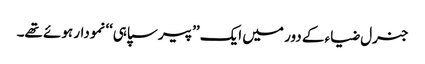
جنرل ضیاء کے دور میں ایک ’’پیرسپاہی‘‘ نمودار ہوئے تھے۔